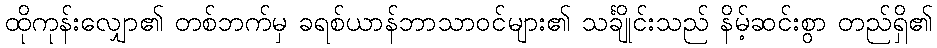
ထိုကုန်းလျှော၏ တစ်ဘက်မှ ခရစ်ယာန်ဘာသာဝင်များ၏ သင်္ချိုင်းသည် နိမ့်ဆင်းစွာ တည်ရှိ၏